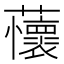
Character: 蘹